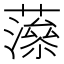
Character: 𧀉